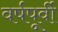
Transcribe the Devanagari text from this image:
वर्षपूर्वी